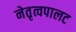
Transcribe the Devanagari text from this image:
नेतृत्वपालट